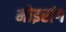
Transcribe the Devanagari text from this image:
मोइरांग